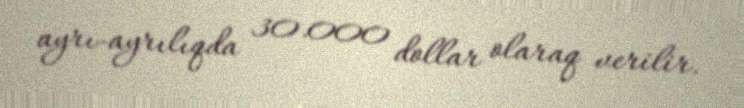
ayrı-ayrılıqda 30.000 dollar olaraq verilir.